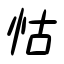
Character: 怙